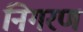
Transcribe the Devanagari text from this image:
निगरण